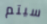
سيتم